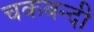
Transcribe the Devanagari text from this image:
चकबन्दी